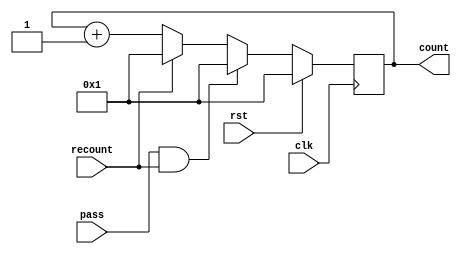
module counter(clk, rst, pass, recount, count);
  input clk, rst, recount, pass;
  output [10:0] count;
  reg [10:0] count;
  always@ (posedge clk )
  begin
    if (rst)
      count = 1;
    else
      if (pass == 1 && recount == 1)
        count = 1;
      else
        count = (recount == 1)? 11'd1: count + 1;
  end
endmodule